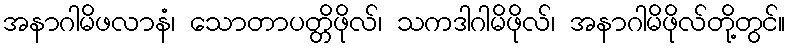
အနာဂါမိဖလာနံ၊ သောတာပတ္တိဖိုလ်၊ သကဒါဂါမိဖိုလ်၊ အနာဂါမိဖိုလ်တို့တွင်။